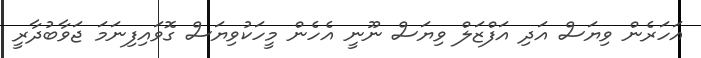
އަހަރެން ވިޔަސް އަދި އަފްޒަލް ވިޔަސް ނޫނީ އެހެން މީހަކުވިޔަސް ގޮވައިފިނަމަ ޖަވާބުދާރީ